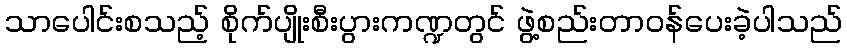
သာပေါင်းစသည့် စိုက်ပျိုးစီးပွားကဏ္ဍတွင် ဖွဲ့စည်းတာဝန်ပေးခဲ့ပါသည်